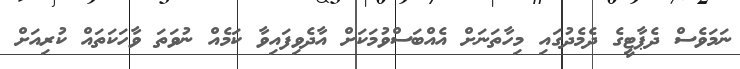
ނަމަވެސް ދެޕާޓީގެ ދެމެދުގައި މިހާތަނަށް އެއްބަސްވުމަކަށް އާދެވިފައިވާ ކަމެއް ނުވަތަ ވާހަކަތައް ކުރިއަށް